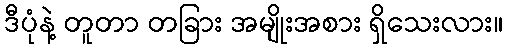
ဒီပုံနဲ့ တူတာ တခြား အမျိုးအစား ရှိသေးလား။